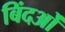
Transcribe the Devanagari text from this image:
बिंदओं